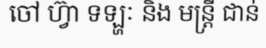
ចៅ ហ្វ៊ា ទឡ្ហៈ និង មន្ត្រី ជាន់